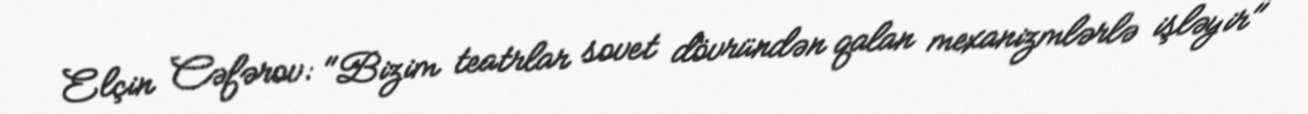
Elçin Cəfərov: "Bizim teatrlar sovet dövründən qalan mexanizmlərlə işləyir"